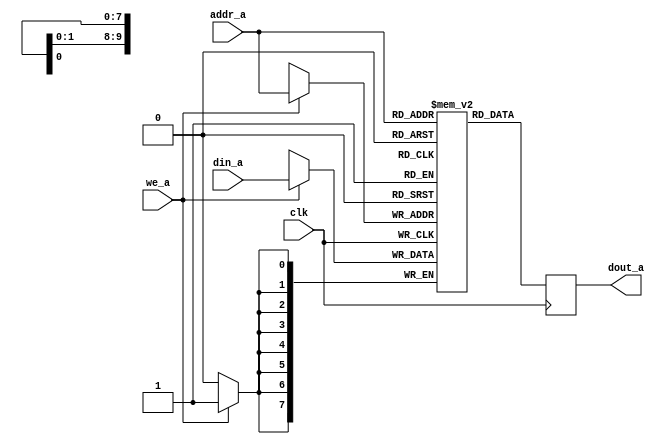
`timescale 1ns / 1ps
//////////////////////////////////////////////////////////////////////////////////
// Company: 
// Engineer: 
// 
// Design Name: 
// Module Name: bram_synch_one_port
// Project Name: 
// Target Devices: 
// Tool Versions: 
// Description: 
// 
// Dependencies: 
// 
// Revision:
// Revision 0.01 - File Created
// Additional Comments:
// 
//////////////////////////////////////////////////////////////////////////////////


module bram_synch_one_port
    #(parameter ADDR_WIDTH = 10, DATA_WIDTH = 8)
    (
        input clk,
        input we_a,
        input [ADDR_WIDTH - 1: 0] addr_a,
        input [DATA_WIDTH - 1: 0] din_a, 
        output reg [DATA_WIDTH - 1: 0] dout_a
    );
    
    
    reg [DATA_WIDTH - 1: 0] memory [0: 2 ** ADDR_WIDTH - 1];
    
    // port a
    always @(posedge clk)
    begin
        if (we_a)
            memory[addr_a] <= din_a;
            
        dout_a <= memory[addr_a];
    end
    
  
endmodule